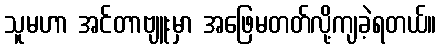
သူမဟာ အင်တာဗျူးမှာ အဖြေမတတ်လို့ကျခဲ့ရတယ်။